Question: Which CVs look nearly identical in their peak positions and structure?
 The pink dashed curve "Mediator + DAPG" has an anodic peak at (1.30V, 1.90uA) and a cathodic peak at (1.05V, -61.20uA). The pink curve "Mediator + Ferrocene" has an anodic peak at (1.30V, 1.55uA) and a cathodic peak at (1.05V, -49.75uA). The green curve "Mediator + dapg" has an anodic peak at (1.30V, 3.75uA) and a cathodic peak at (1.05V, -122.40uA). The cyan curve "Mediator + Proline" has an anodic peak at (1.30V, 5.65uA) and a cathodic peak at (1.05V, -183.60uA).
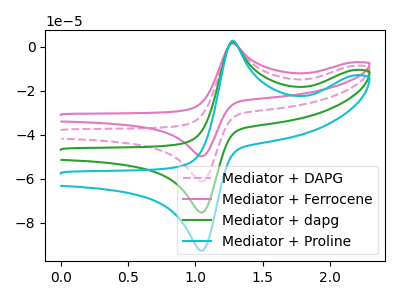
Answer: <think>All the peaks in "Mediator + DAPG" have a peak in "Mediator + Ferrocene" at the same potential. Every peak in "Mediator + DAPG" is higher than every peak in "Mediator + Ferrocene". All the peaks in "Mediator + DAPG" have a peak in "Mediator + dapg" at the same potential. Every peak in "Mediator + DAPG" is lower than every peak in "Mediator + dapg". All the peaks in "Mediator + DAPG" have a peak in "Mediator + Proline" at the same potential. Every peak in "Mediator + DAPG" is lower than every peak in "Mediator + Proline". All the peaks in "Mediator + Ferrocene" have a peak in "Mediator + dapg" at the same potential. Every peak in "Mediator + Ferrocene" is lower than every peak in "Mediator + dapg". All the peaks in "Mediator + Ferrocene" have a peak in "Mediator + Proline" at the same potential. Every peak in "Mediator + Ferrocene" is lower than every peak in "Mediator + Proline". All the peaks in "Mediator + dapg" have a peak in "Mediator + Proline" at the same potential. Every peak in "Mediator + dapg" is lower than every peak in "Mediator + Proline".
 </think>
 <answer>"Mediator + Ferrocene", "Mediator + DAPG", "Mediator + dapg" and "Mediator + Proline" have the same shape and are likely CV's of the same chemical.</answer>
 <eval>"Mediator + Ferrocene" "Mediator + DAPG" "Mediator + dapg" "Mediator + Proline"</eval>